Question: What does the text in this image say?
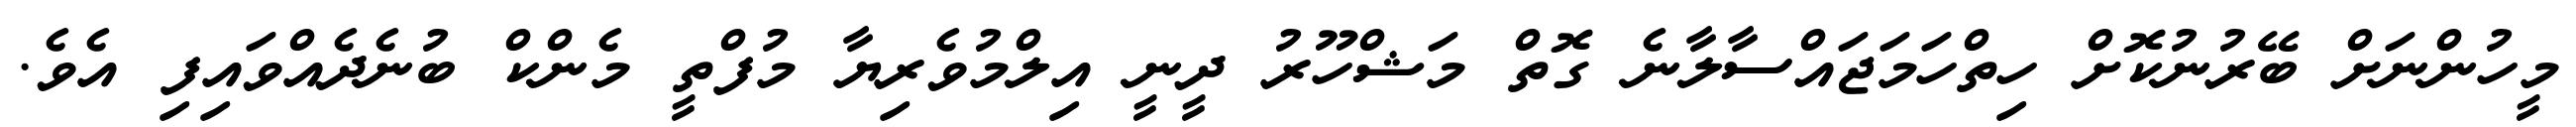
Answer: މީހުންނަށް ބޭރުނުކޮށް ހިތްހަމަޖައްސާލާނެ ގޮތް މަޝްހޫރު ދީނީ އިލްމުވެރިޔާ މުފްތީ މެންކް ބުނެދެއްވައިފި އެވެ.